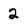
Character: 2